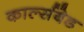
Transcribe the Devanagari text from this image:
कार्ल्सबेड